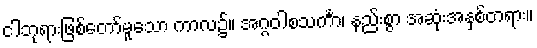
ငါဘုရားဖြစ်တော်မူသော ကာလ၌။ အဂ္ဂဝါစသင်္ကာ၊ နည်းစွာ အဆုံးအနှစ်တရား။